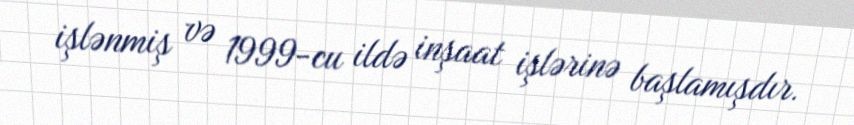
işlənmiş və 1999-cu ildə inşaat işlərinə başlamışdır.